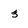
Character: 3